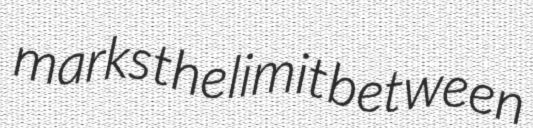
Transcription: marks the limit between